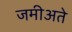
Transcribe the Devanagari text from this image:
जमीअते